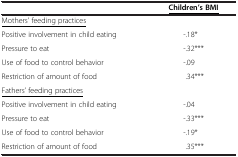
<table><thead><tr><td><b> </b></td><td><b><underline>Children’s BMI</underline></b></td></tr></thead><tbody><tr><td><underline>Mothers’ feeding practices</underline></td><td> </td></tr><tr><td>Positive involvement in child eating</td><td>-.18*</td></tr><tr><td>Pressure to eat</td><td>-.32***</td></tr><tr><td>Use of food to control behavior</td><td>-.09</td></tr><tr><td>Restriction of amount of food</td><td>.34***</td></tr><tr><td><underline>Fathers’ feeding practices</underline></td><td> </td></tr><tr><td>Positive involvement in child eating</td><td>-.04</td></tr><tr><td>Pressure to eat</td><td>-.33***</td></tr><tr><td>Use of food to control behavior</td><td>-.19*</td></tr><tr><td>Restriction of amount of food</td><td>.35***</td></tr></tbody></table>